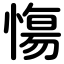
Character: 慯